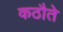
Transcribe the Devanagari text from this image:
कठौते